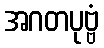
အဂတပုဗ္ဗံ